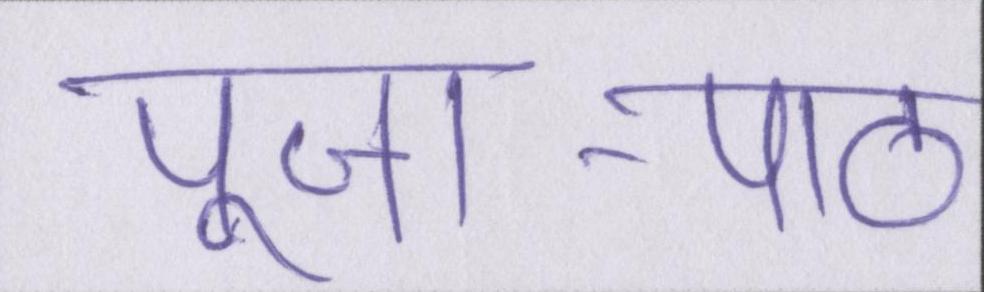
पूजा-पाठ